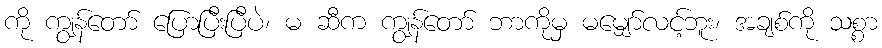
ကို ကျွန်တော် ပြောပြီးပြီပဲ၊ မ ဆီက ကျွန်တော် ဘာကိုမှ မမျှော်လင့်ဘူး၊ အချစ်ကို သစ္စာ